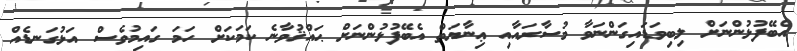
އެބޭފުޅުންނަށް ލިބިވަޑައިގަންނަވާ މުސާރައާއި ޢިނާޔަތް އެބޭފުޅުންނަށް ޙައްޤުވާނެ ކަމަކަށް ހަމަ ގައިމުވެސް އަޅުގަނޑެއް